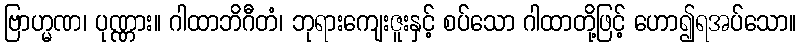
ဗြာဟ္မဏ၊ ပုဏ္ဏား။ ဂါထာဘိဂီတံ၊ ဘုရားကျေးဇူးနှင့် စပ်သော ဂါထာတို့ဖြင့် ဟော၍ရအပ်သော။